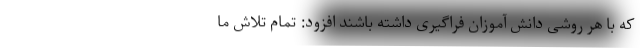
که با هر روشی دانش آموزان فراگیری داشته باشند افزود: تمام تلاش ما